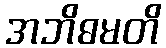
အဘိဓမတိ